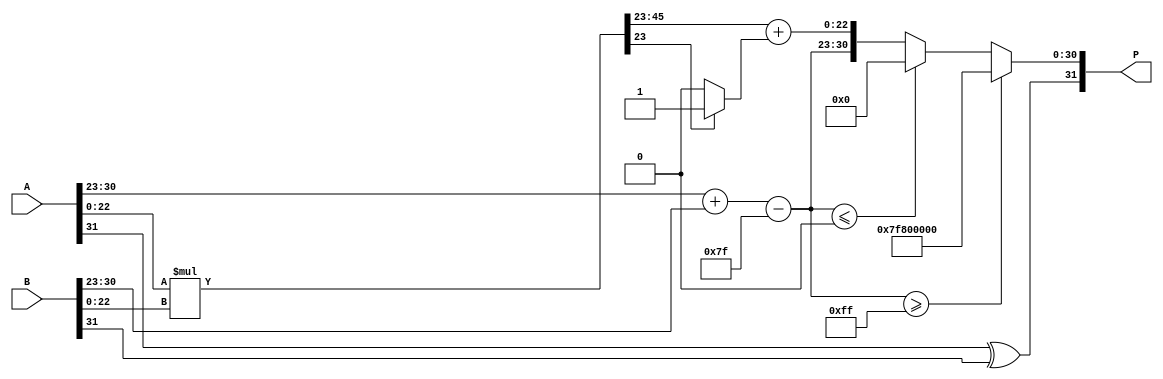
module floating_point_multiplier (
    input [31:0] A, // Input A in IEEE 754 format
    input [31:0] B, // Input B in IEEE 754 format
    output reg [31:0] P // Output P in IEEE 754 format
);

    // Extract sign, exponent, and mantissa from A
    wire sign_A = A[31];
    wire [7:0] exp_A = A[30:23];
    wire [22:0] mant_A = {1'b1, A[22:0]}; // Implicit leading 1 for normalized numbers

    // Extract sign, exponent, and mantissa from B
    wire sign_B = B[31];
    wire [7:0] exp_B = B[30:23];
    wire [22:0] mant_B = {1'b1, B[22:0]}; // Implicit leading 1 for normalized numbers

    // Determine sign of the product
    wire sign_P = sign_A ^ sign_B;

    // Exponent bias for single precision
    localparam EXP_BIAS = 8'd127;

    // Calculate exponent
    wire [8:0] exp_sum = {1'b0, exp_A} + {1'b0, exp_B} - EXP_BIAS; // Add exponents and subtract bias
    wire [7:0] exp_P = exp_sum[7:0]; // Resulting exponent

    // Mantissa multiplication
    wire [47:0] mant_product = mant_A * mant_B; // 24-bit * 24-bit = 48-bit product

    // Normalize mantissa
    reg [22:0] mant_P;
    reg [7:0] exp_P_norm;
    always @(*) begin
        if (mant_product[47]) begin
            // If the product is normalized
            mant_P = mant_product[46:24]; // Shift right by 1
            exp_P_norm = exp_P + 1; // Increase exponent
        end else begin
            // If the product is denormalized
            mant_P = mant_product[45:23]; // Keep mantissa as is
            exp_P_norm = exp_P; // Keep exponent as is
        end
    end

    // Rounding logic (round to nearest)
    wire [23:0] mant_P_rounded = mant_P + (mant_product[23] ? 1 : 0); // Round if the next bit is 1

    // Handle overflow and underflow
    always @(*) begin
        if (exp_P_norm >= 8'd255) begin
            // Overflow, set to infinity
            P = {sign_P, 8'b11111111, 23'b0};
        end else if (exp_P_norm <= 8'd0) begin
            // Underflow, set to zero
            P = {sign_P, 8'b0, 23'b0};
        end else begin
            // Normal case
            P = {sign_P, exp_P_norm, mant_P_rounded[22:0]};
        end
    end

endmodule